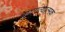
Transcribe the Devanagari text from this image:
वायुगत्यात्मक